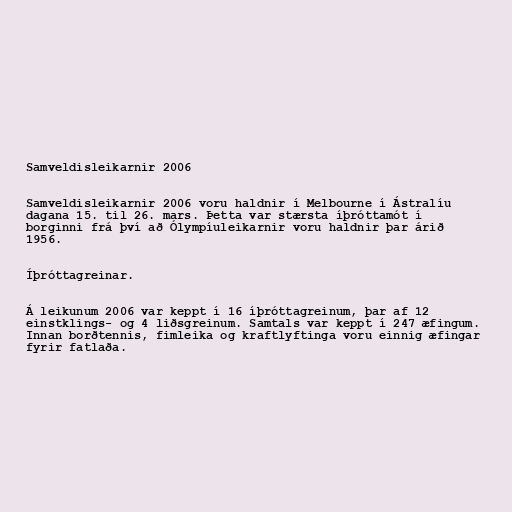
Samveldisleikarnir 2006

Samveldisleikarnir 2006 voru haldnir í Melbourne í Ástralíu
dagana 15. til 26. mars. Þetta var stærsta íþróttamót í
borginni frá því að Ólympíuleikarnir voru haldnir þar árið
1956.

Íþróttagreinar.

Á leikunum 2006 var keppt í 16 íþróttagreinum, þar af 12
einstklings- og 4 liðsgreinum. Samtals var keppt í 247 æfingum.
Innan borðtennis, fimleika og kraftlyftinga voru einnig æfingar
fyrir fatlaða.